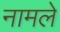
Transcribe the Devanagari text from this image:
नामले